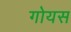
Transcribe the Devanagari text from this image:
गोयस